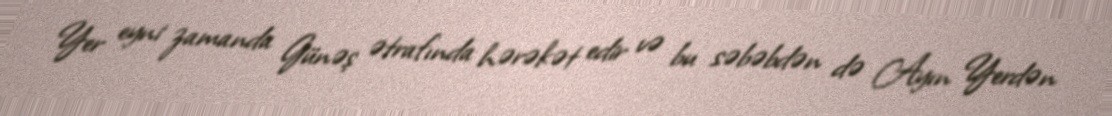
Yer eyni zamanda Günəş ətrafında hərəkət edir və bu səbəbdən də Ayın Yerdən